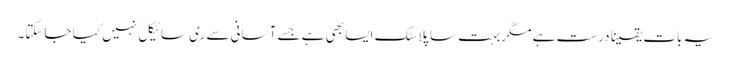
یہ بات یقینا درست ہے مگر بہت سا پلاسٹک ایسا بھی ہے جسے آسانی سے ری سائیکل نہیں کیا جاسکتا۔